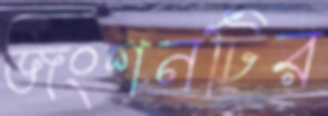
জংশনটির